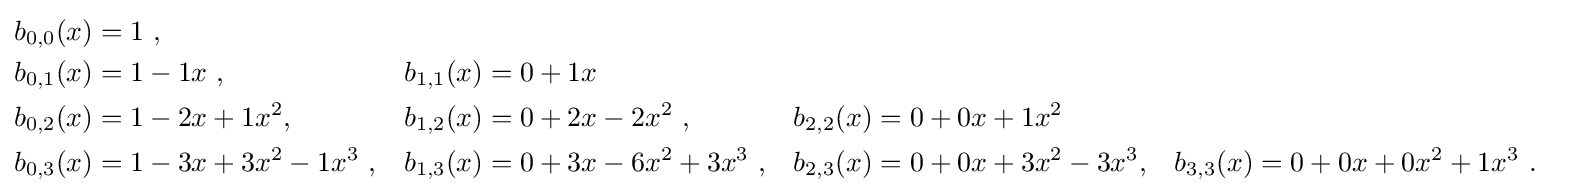
{\begin{aligned}b_{0,0}(x)&=1\ ,\\b_{0,1}(x)&=1-1x\ ,&b_{1,1}(x)&=0+1x\\b_{0,2}(x)&=1-2x+1x^{2},&b_{1,2}(x)&=0+2x-2x^{2}\ ,&b_{2,2}(x)&=0+0x+1x^{2}\\b_{0,3}(x)&=1-3x+3x^{2}-1x^{3}\ ,&b_{1,3}(x)&=0+3x-6x^{2}+3x^{3}\ ,&b_{2,3}(x)&=0+0x+3x^{2}-3x^{3},&b_{3,3}(x)&=0+0x+0x^{2}+1x^{3}~.\end{aligned}}